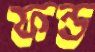
ফন্ড